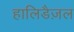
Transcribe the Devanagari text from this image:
हालिडैज़ल